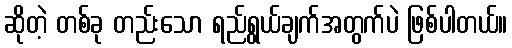
ဆိုတဲ့ တစ်ခု တည်းသော ရည်ရွယ်ချက်အတွက်ပဲ ဖြစ်ပါတယ်။